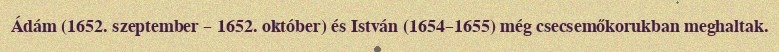
Ádám (1652. szeptember – 1652. október) és István (1654–1655) még csecsemőkorukban meghaltak.